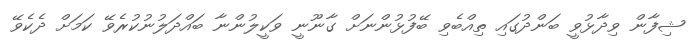
ޝިފާން ވިދާޅުވީ ބަންދުގައި ތިއްބެވި ބޭފުޅުންނަށް ގާނޫނީ ވަކީލުންނާ ބައްދަލުނުކުރެވޭ ކަމަށް ދެކެވޭ